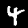
Digit: 4